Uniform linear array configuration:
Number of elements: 24
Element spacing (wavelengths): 1
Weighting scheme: cosine
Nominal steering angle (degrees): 60
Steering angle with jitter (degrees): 60.547
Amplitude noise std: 0.05
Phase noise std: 0.05

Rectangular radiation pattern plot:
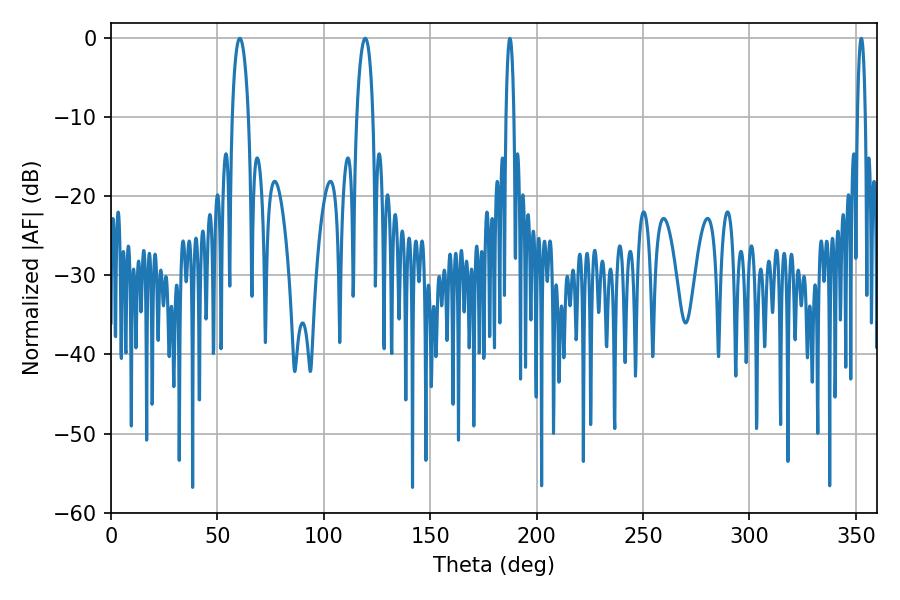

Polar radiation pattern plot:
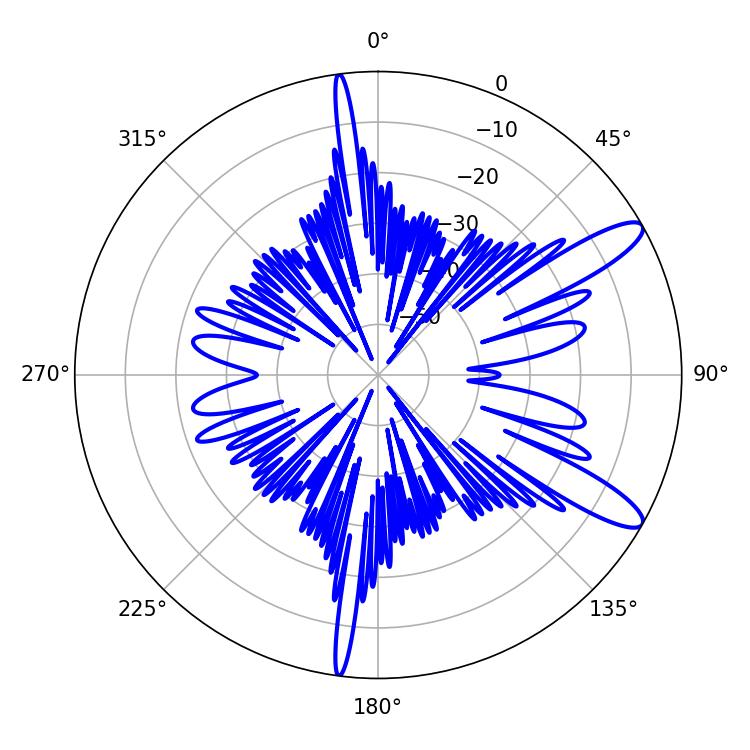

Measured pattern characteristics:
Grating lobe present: TRUE
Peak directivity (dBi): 11.69
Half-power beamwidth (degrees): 4.32
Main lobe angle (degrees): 60.48